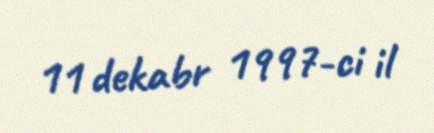
11 dekabr 1997-ci il